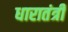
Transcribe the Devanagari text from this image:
धारातंत्री